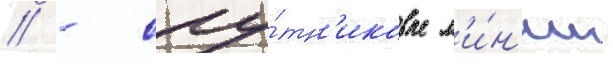
// - спу́тн'иковые л'и́н'ии